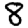
Digit: 8